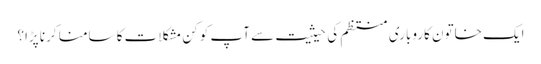
ایک خاتون کاروباری منتظم کی حیثیت سے آپ کو کن مشکلات کا سامنا کرنا پڑا؟